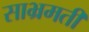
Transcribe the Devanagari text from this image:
साभ्रमती